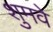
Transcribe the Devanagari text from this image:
शुमवे